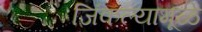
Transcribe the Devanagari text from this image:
जिंकल्यामूळे